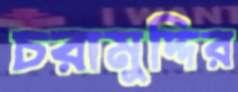
চরামুদ্দির